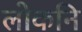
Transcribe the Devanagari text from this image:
लोकनि